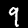
Label: 9